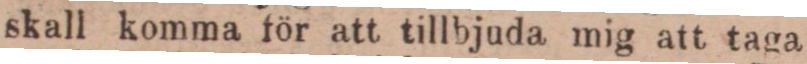
skall komma för att tillbjuda mig att taga